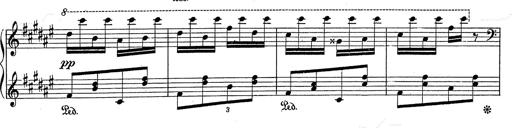
Title: Hungarian Rhapsody No.2
Composer: Franz Liszt
Key: C-sharp minor